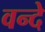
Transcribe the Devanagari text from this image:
वन्‍दे